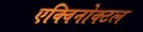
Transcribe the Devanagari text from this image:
एक्विनोक्टल